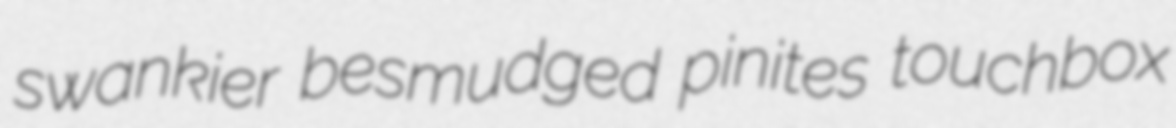
swankier besmudged pinites touchbox